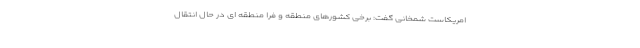
امریکاست شمخانی گفت: برخی کشورهای منطقه و فرا منطقه ای در حال انتقال